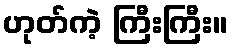
ဟုတ်ကဲ့ ကြီးကြီး။